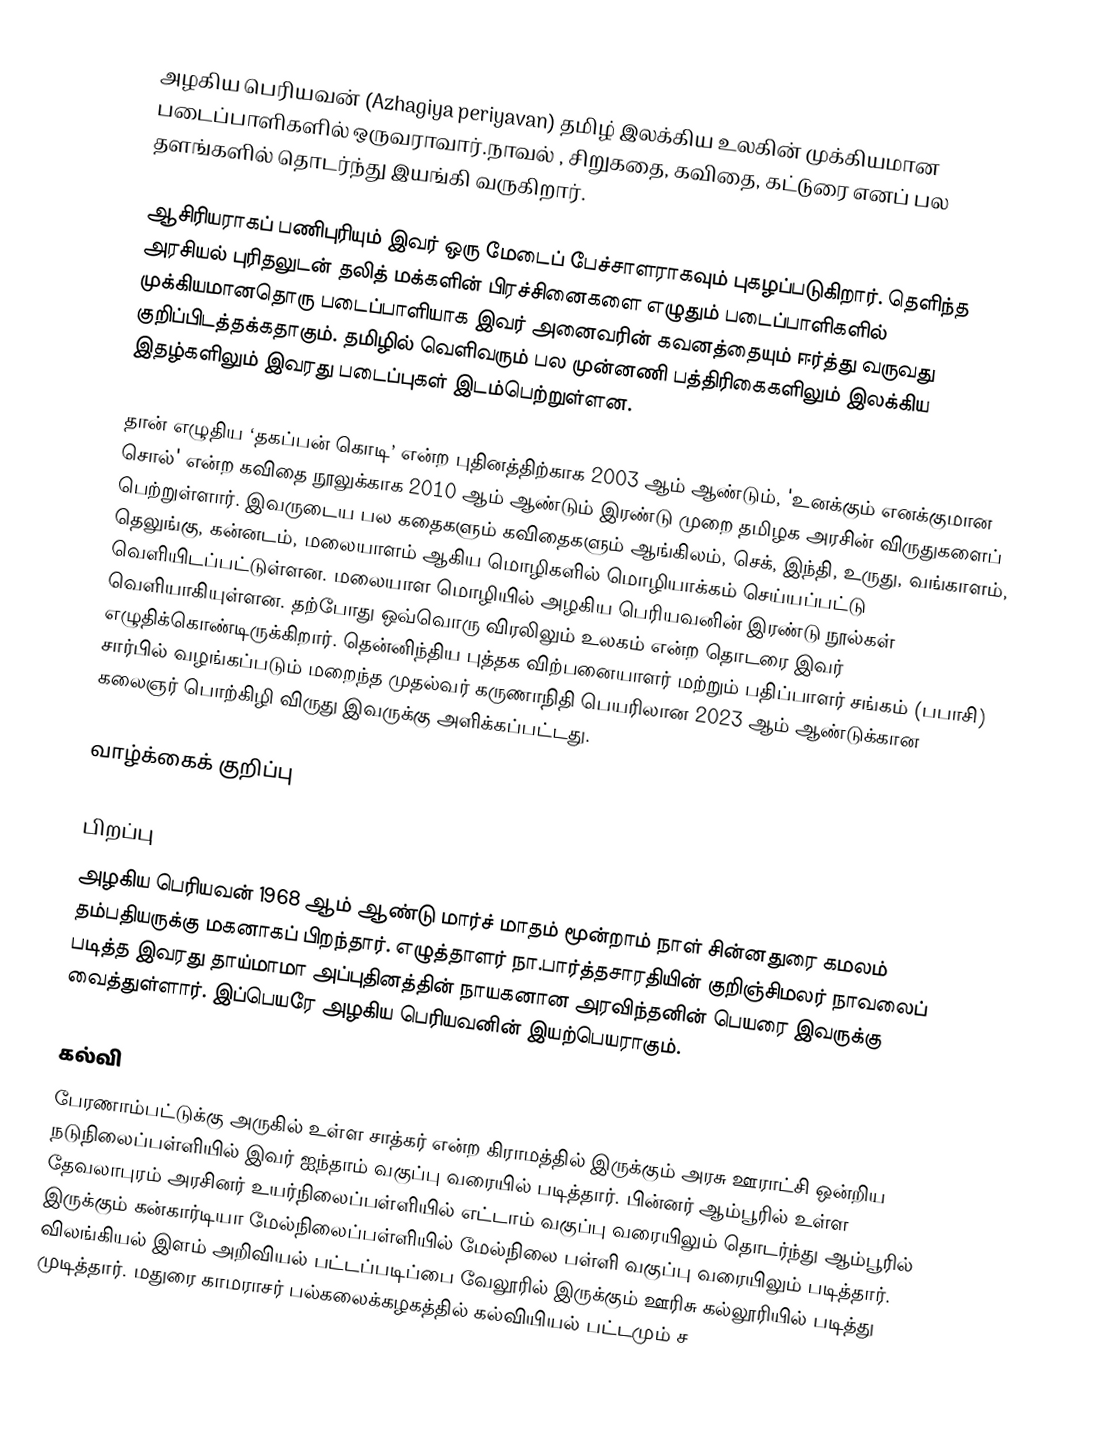
அழகிய பெரியவன் (Azhagiya periyavan) தமிழ் இலக்கிய உலகின் முக்கியமான படைப்பாளிகளில் ஒருவராவார்.நாவல் , சிறுகதை, கவிதை, கட்டுரை எனப் பல தளங்களில் தொடர்ந்து இயங்கி வருகிறார்.

ஆசிரியராகப் பணிபுரியும் இவர் ஒரு மேடைப் பேச்சாளராகவும் புகழப்படுகிறார். தெளிந்த அரசியல் புரிதலுடன் தலித் மக்களின் பிரச்சினைகளை எழுதும் படைப்பாளிகளில் முக்கியமானதொரு படைப்பாளியாக இவர் அனைவரின் கவனத்தையும் ஈர்த்து வருவது குறிப்பிடத்தக்கதாகும். தமிழில் வெளிவரும் பல முன்னணி பத்திரிகைகளிலும் இலக்கிய இதழ்களிலும் இவரது படைப்புகள் இடம்பெற்றுள்ளன.

தான் எழுதிய ‘தகப்பன் கொடி’ என்ற புதினத்திற்காக 2003 ஆம் ஆண்டும், 'உனக்கும் எனக்குமான சொல்' என்ற கவிதை நூலுக்காக 2010 ஆம் ஆண்டும் இரண்டு முறை தமிழக அரசின் விருதுகளைப் பெற்றுள்ளார். இவருடைய பல கதைகளும் கவிதைகளும் ஆங்கிலம், செக், இந்தி, உருது, வங்காளம், தெலுங்கு, கன்னடம், மலையாளம் ஆகிய மொழிகளில் மொழியாக்கம் செய்யப்பட்டு வெளியிடப்பட்டுள்ளன. மலையாள மொழியில் அழகிய பெரியவனின் இரண்டு நூல்கள் வெளியாகியுள்ளன. தற்போது ஒவ்வொரு விரலிலும் உலகம் என்ற தொடரை இவர் எழுதிக்கொண்டிருக்கிறார். தென்னிந்திய புத்தக விற்பனையாளர் மற்றும் பதிப்பாளர் சங்கம் (பபாசி) சார்பில் வழங்கப்படும் மறைந்த முதல்வர் கருணாநிதி பெயரிலான 2023 ஆம் ஆண்டுக்கான கலைஞர் பொற்கிழி விருது இவருக்கு அளிக்கப்பட்டது.

வாழ்க்கைக் குறிப்பு

பிறப்பு
அழகிய பெரியவன் 1968 ஆம் ஆண்டு மார்ச் மாதம் மூன்றாம் நாள் சின்னதுரை கமலம் தம்பதியருக்கு மகனாகப் பிறந்தார்.  எழுத்தாளர் நா.பார்த்தசாரதியின் குறிஞ்சிமலர்  நாவலைப் படித்த இவரது தாய்மாமா  அப்புதினத்தின் நாயகனான அரவிந்தனின் பெயரை இவருக்கு வைத்துள்ளார். இப்பெயரே அழகிய பெரியவனின் இயற்பெயராகும்.

கல்வி
பேரணாம்பட்டுக்கு அருகில் உள்ள சாத்கர் என்ற கிராமத்தில் இருக்கும் அரசு ஊராட்சி ஒன்றிய நடுநிலைப்பள்ளியில் இவர் ஐந்தாம் வகுப்பு வரையில்  படித்தார். பின்னர் ஆம்பூரில்  உள்ள தேவலாபுரம் அரசினர் உயர்நிலைப்பள்ளியில் எட்டாம் வகுப்பு வரையிலும் தொடர்ந்து  ஆம்பூரில் இருக்கும் கன்கார்டியா மேல்நிலைப்பள்ளியில் மேல்நிலை பள்ளி வகுப்பு வரையிலும் படித்தார். விலங்கியல் இளம் அறிவியல் பட்டப்படிப்பை வேலூரில் இருக்கும் ஊரிசு கல்லூரியில் படித்து முடித்தார். மதுரை காமராசர் பல்கலைக்கழகத்தில் கல்வியியல் பட்டமும் ச